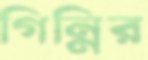
গিন্নির